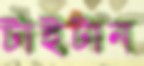
টাইটান